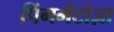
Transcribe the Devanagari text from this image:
पिंगमेंटोज़ा